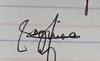
Signature authenticity: genuine